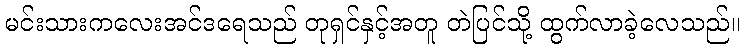
မင်းသားကလေးအင်ဒရေသည် တုရှင်နှင့်အတူ တဲပြင်သို့ ထွက်လာခဲ့လေသည်။